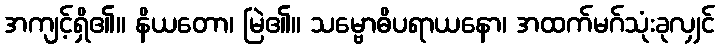
အကျင့်ရှိ၏။ နိယတော၊ မြဲ၏။ သမ္ဗောဓိပရာယနော၊ အထက်မဂ်သုံးခုလျှင်